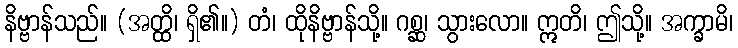
နိဗ္ဗာန်သည်။ (အတ္ထိ၊ ရှိ၏။) တံ၊ ထိုနိဗ္ဗာန်သို့။ ဂစ္ဆ၊ သွားလော။ ဣတိ၊ ဤသို့။ အက္ခာမိ၊